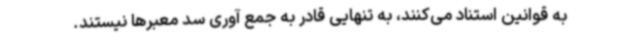
به قوانین استناد می‌کنند، به تنهایی قادر به جمع آوری سد معبرها نیستند.